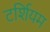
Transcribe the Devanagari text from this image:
टर्शियम